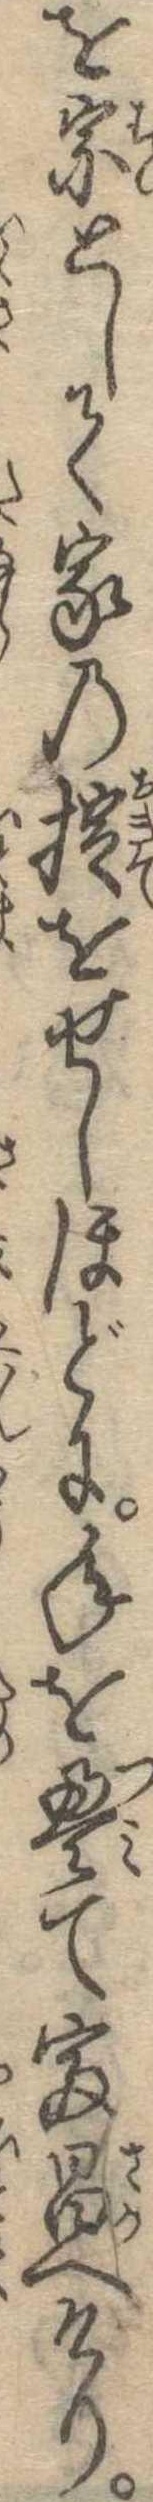
を宗として家の掟をせしほどに年を畳て富昌へけり